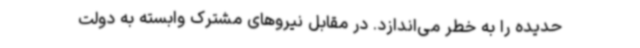
حدیده را به خطر می‌اندازد. در مقابل نیروهای مشترک وابسته به دولت